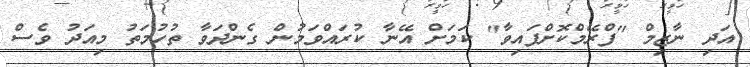
އަދި ނާޒިމް "ފްރޭމްކޮށްފައިވާ" ކަމަށް އޭނާ ކުރައްވަމުން ގެންދަވާ ތުހުމަތު މިއަދު ވެސް